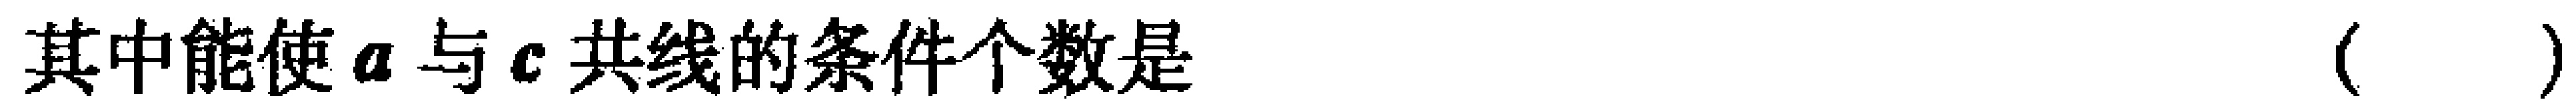
其中能使\(a\)与\(c\)共线的条件个数是 （  ）